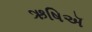
ઋષિઍ